system: You are a helpful assistant.
user:
Analyze the provided spectrum to determine if it is a **S-type Star**.

- **Key Indicators for S-type Star:**

    - **(Overall Spectrum Shape):** The first and most obvious characteristic is the overall continuum (the "baseline" shape). It is **extremely "red-sloping,"** meaning the flux (light intensity) is very low on the left side (blue, ~4000-4500 Å) and rises steeply and continuously toward the right side (red, ~7000 Å+).

    - **(Primary):** The spectrum is defined by the presence of strong, broad molecular absorption "valleys" (bands) from **Zirconium Oxide (ZrO)**. The identification of these bands is the **primary requirement** for classifying a star as S-type.
        - **(Key Bandheads):** You must find distinct, deep "dips" where the light has been absorbed. The most critical band systems to locate are:
            - **~6474 Å** ($\gamma$-system): This is often the strongest and clearest ZrO feature, found in the red part of the spectrum.
            - **~5718 Å** & **~5551 Å** ($\beta$-system): A pair of prominent absorption features in the yellow-orange part of the spectrum.
            - **~4640 Å** ($\alpha$-system): A key absorption band system in the blue-green region of the spectrum.

    - **(Secondary Confirmation):** The classification is strengthened by finding additional absorption bands from other related heavy element oxides, which are expected to be present alongside ZrO.
        - **(Key Bandheads):**
            - **Yttrium Oxide (YO):** Look for absorption dips near **~4800 Å** and **~6100 Å**.
            - **Lanthanum Oxide (LaO):** Additional absorption features, particularly in the red-orange part of the spectrum, are also characteristic.

    - **(Line Profile):** The combination of the steep red continuum and these numerous, deep molecular bands (ZrO, YO, etc.) gives the entire spectrum a very **"chopped-up"** or **"bumpy"** appearance. Instead of a smooth curve, the spectrum looks as though large, wide chunks of light have been "carved out" of it at the specific wavelengths listed above.

Think first, call **spectral_visualization_tool** if needed to examine features in detail, then provide your final answer. Your response must adhere to the following strict rules:
1.  **Overall Structure:** Your response must follow the format `<think>...</think> <tool_call>...</tool_call> (if a tool is used) <answer>...</answer>`.
2.  **Tool Usage Constraint:** You may only make **one** tool call per turn.
3.  **Final Answer Format:** In the `<answer>` tag, your conclusion must be inside a `\boxed{}` command (e.g., `\boxed{YES}` or `\boxed{NO}`), followed by your justification.

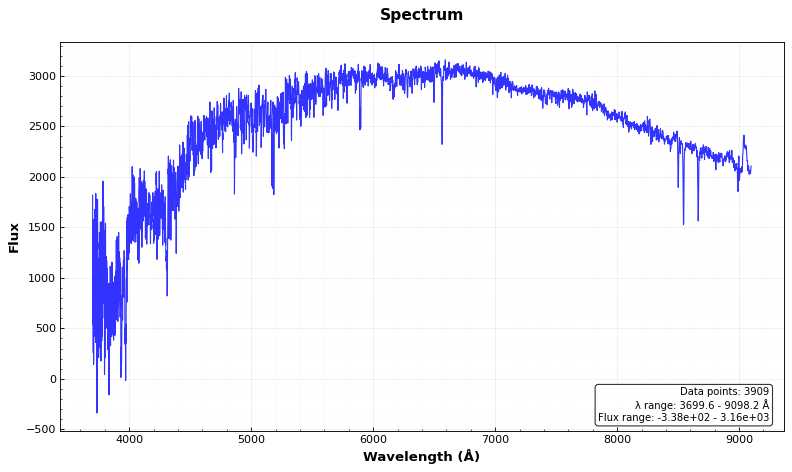
Answer: NO